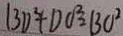
B D ^ { 2 } + D O ^ { 2 } = B O ^ { 2 }